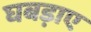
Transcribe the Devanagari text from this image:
घबड़ाए